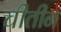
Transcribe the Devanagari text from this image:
चीतीन